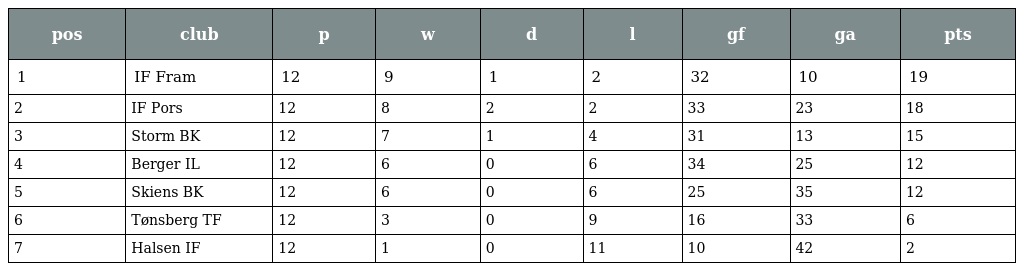
| pos | club | p | w | d | l | gf | ga | pts |
 | --- | --- | --- | --- | --- | --- | --- | --- | --- |
 | 1 | IF Fram | 12 | 9 | 1 | 2 | 32 | 10 | 19 |
 | 2 | IF Pors | 12 | 8 | 2 | 2 | 33 | 23 | 18 |
 | 3 | Storm BK | 12 | 7 | 1 | 4 | 31 | 13 | 15 |
 | 4 | Berger IL | 12 | 6 | 0 | 6 | 34 | 25 | 12 |
 | 5 | Skiens BK | 12 | 6 | 0 | 6 | 25 | 35 | 12 |
 | 6 | Tønsberg TF | 12 | 3 | 0 | 9 | 16 | 33 | 6 |
 | 7 | Halsen IF | 12 | 1 | 0 | 11 | 10 | 42 | 2 |